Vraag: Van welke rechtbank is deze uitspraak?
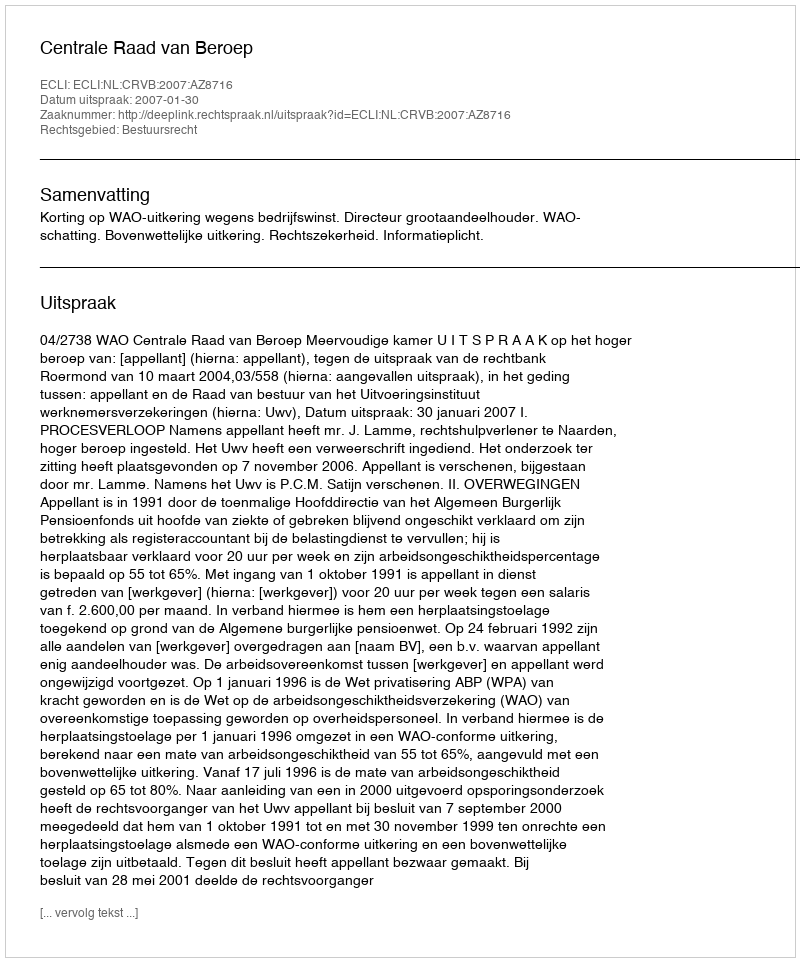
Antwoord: Centrale Raad van Beroep